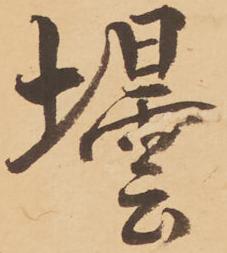
壜